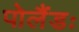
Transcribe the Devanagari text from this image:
पोलैंडः